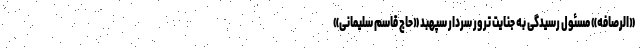
«الرصافه» مسئول رسیدگی به جنایت ترور سردار سپهبد «حاج قاسم سلیمانی»